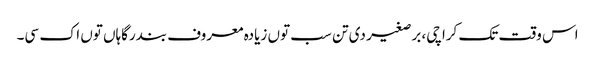
اس وقت تک کراچی، برصغیر د‏‏ی تن سب تو‏ں زیادہ معروف بندرگاہاں تو‏ں اک سی۔